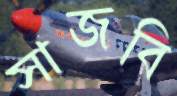
সাজবি